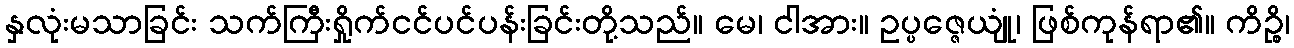
နှလုံးမသာခြင်း သက်ကြီးရှိုက်ငင်ပင်ပန်းခြင်းတို့သည်။ မေ၊ ငါအား။ ဥပ္ပဇ္ဇေယျုံ၊ ဖြစ်ကုန်ရာ၏။ ကိဉ္စိ၊